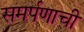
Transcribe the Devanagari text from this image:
समर्पणाची